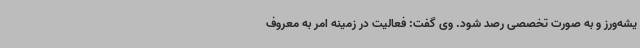
یشه‌ورز و به صورت تخصصی رصد شود. وی گفت: فعالیت در زمینه امر به معروف